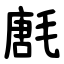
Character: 㲥